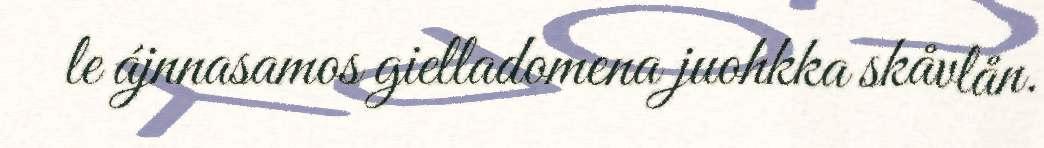
le ájnnasamos gielladomena juohkka skåvlån.